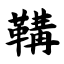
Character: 鞲